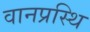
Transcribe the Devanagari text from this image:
वानप्रस्थि